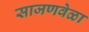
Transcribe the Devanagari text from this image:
साजणवेळा